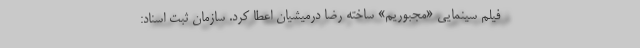
فیلم سینمایی «مجبوریم» ساخته رضا درمیشیان اعطا کرد. سازمان ثبت اسناد: